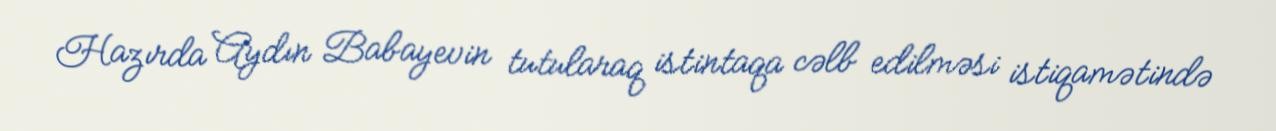
Hazırda Aydın Babayevin tutularaq istintaqa cəlb edilməsi istiqamətində